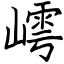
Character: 嶀